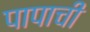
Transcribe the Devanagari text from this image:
पापाची